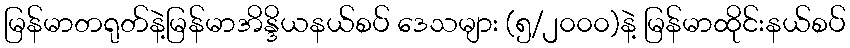
မြန်မာတရုတ်နဲ့မြန်မာအိန္ဒိယနယ်စပ် ဒေသများ (၅/၂၀၀၀)နဲ့ မြန်မာထိုင်းနယ်စပ်